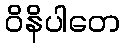
ဝိနိပါတေ